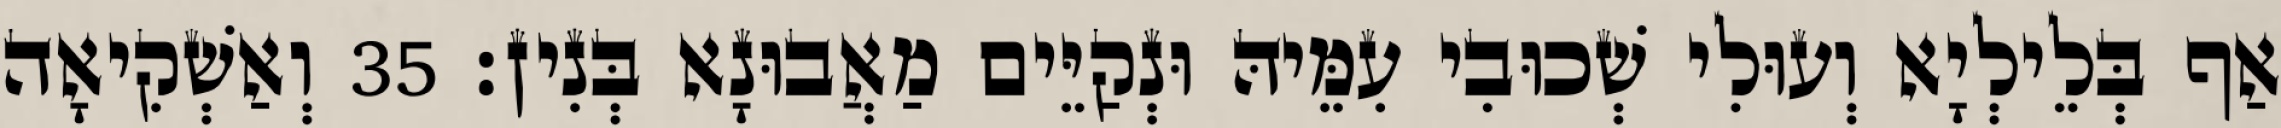
אַף בְּלֵילְיָא וְעוּלִי שְׁכוּבִי עִמֵּיהּ וּנְקַיֵּים מַאֲבוּנָא בְּנִין׃ 35 וְאַשְׁקִיאָה